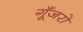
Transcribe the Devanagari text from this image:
गूँजरो